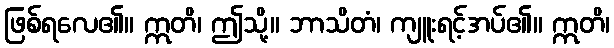
ဖြစ်ရလေ၏။ ဣတိ၊ ဤသို့။ ဘာသိတံ၊ ကျူးရင့်အပ်၏။ ဣတိ၊